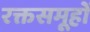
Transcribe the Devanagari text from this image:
रक्तसमूहों